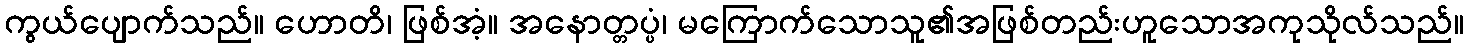
ကွယ်ပျောက်သည်။ ဟောတိ၊ ဖြစ်အံ့။ အနောတ္တပ္ပံ၊ မကြောက်သောသူ၏အဖြစ်တည်းဟူသောအကုသိုလ်သည်။